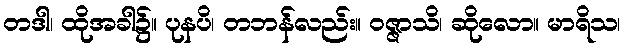
တဒါ၊ ထိုအခါ၌။ ပုနပိ၊ တဘန်လည်း။ ဝဇ္ဇာသိ၊ ဆိုလော။ မာရိသ၊